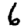
Digit: 6